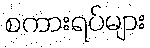
စကားရပ်များ